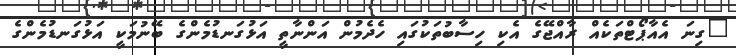
"ގިނަ އެއާޕޯޓްތަކެއް ރާއްޖޭގެ އެކި ހިސާބުތަކުގައި ހެދެމުން އަންނާތީ އަޅުގަނޑުމެންގެ ބޭނުމަކީ އަޅުގަނޑުމެންގެ